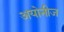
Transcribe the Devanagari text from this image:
अयोनीज